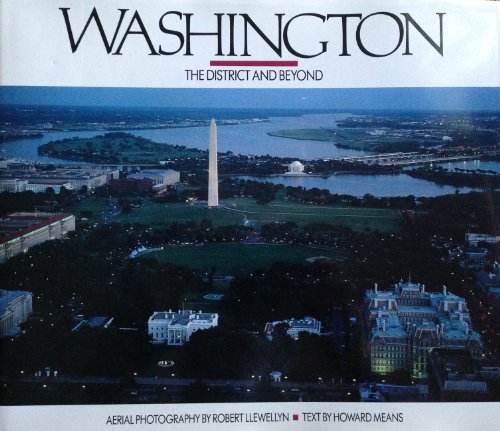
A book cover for Washington: The District and Beyond; Robert Llewellyn; Travel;